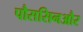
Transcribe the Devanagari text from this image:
पौससिनऔर